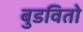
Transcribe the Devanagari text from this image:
बुडवितो